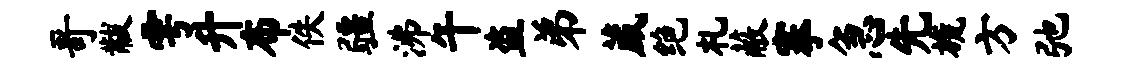
哥黻雩升布佚疆沸午盗弟葳绝札蔽搴急先旒方弛